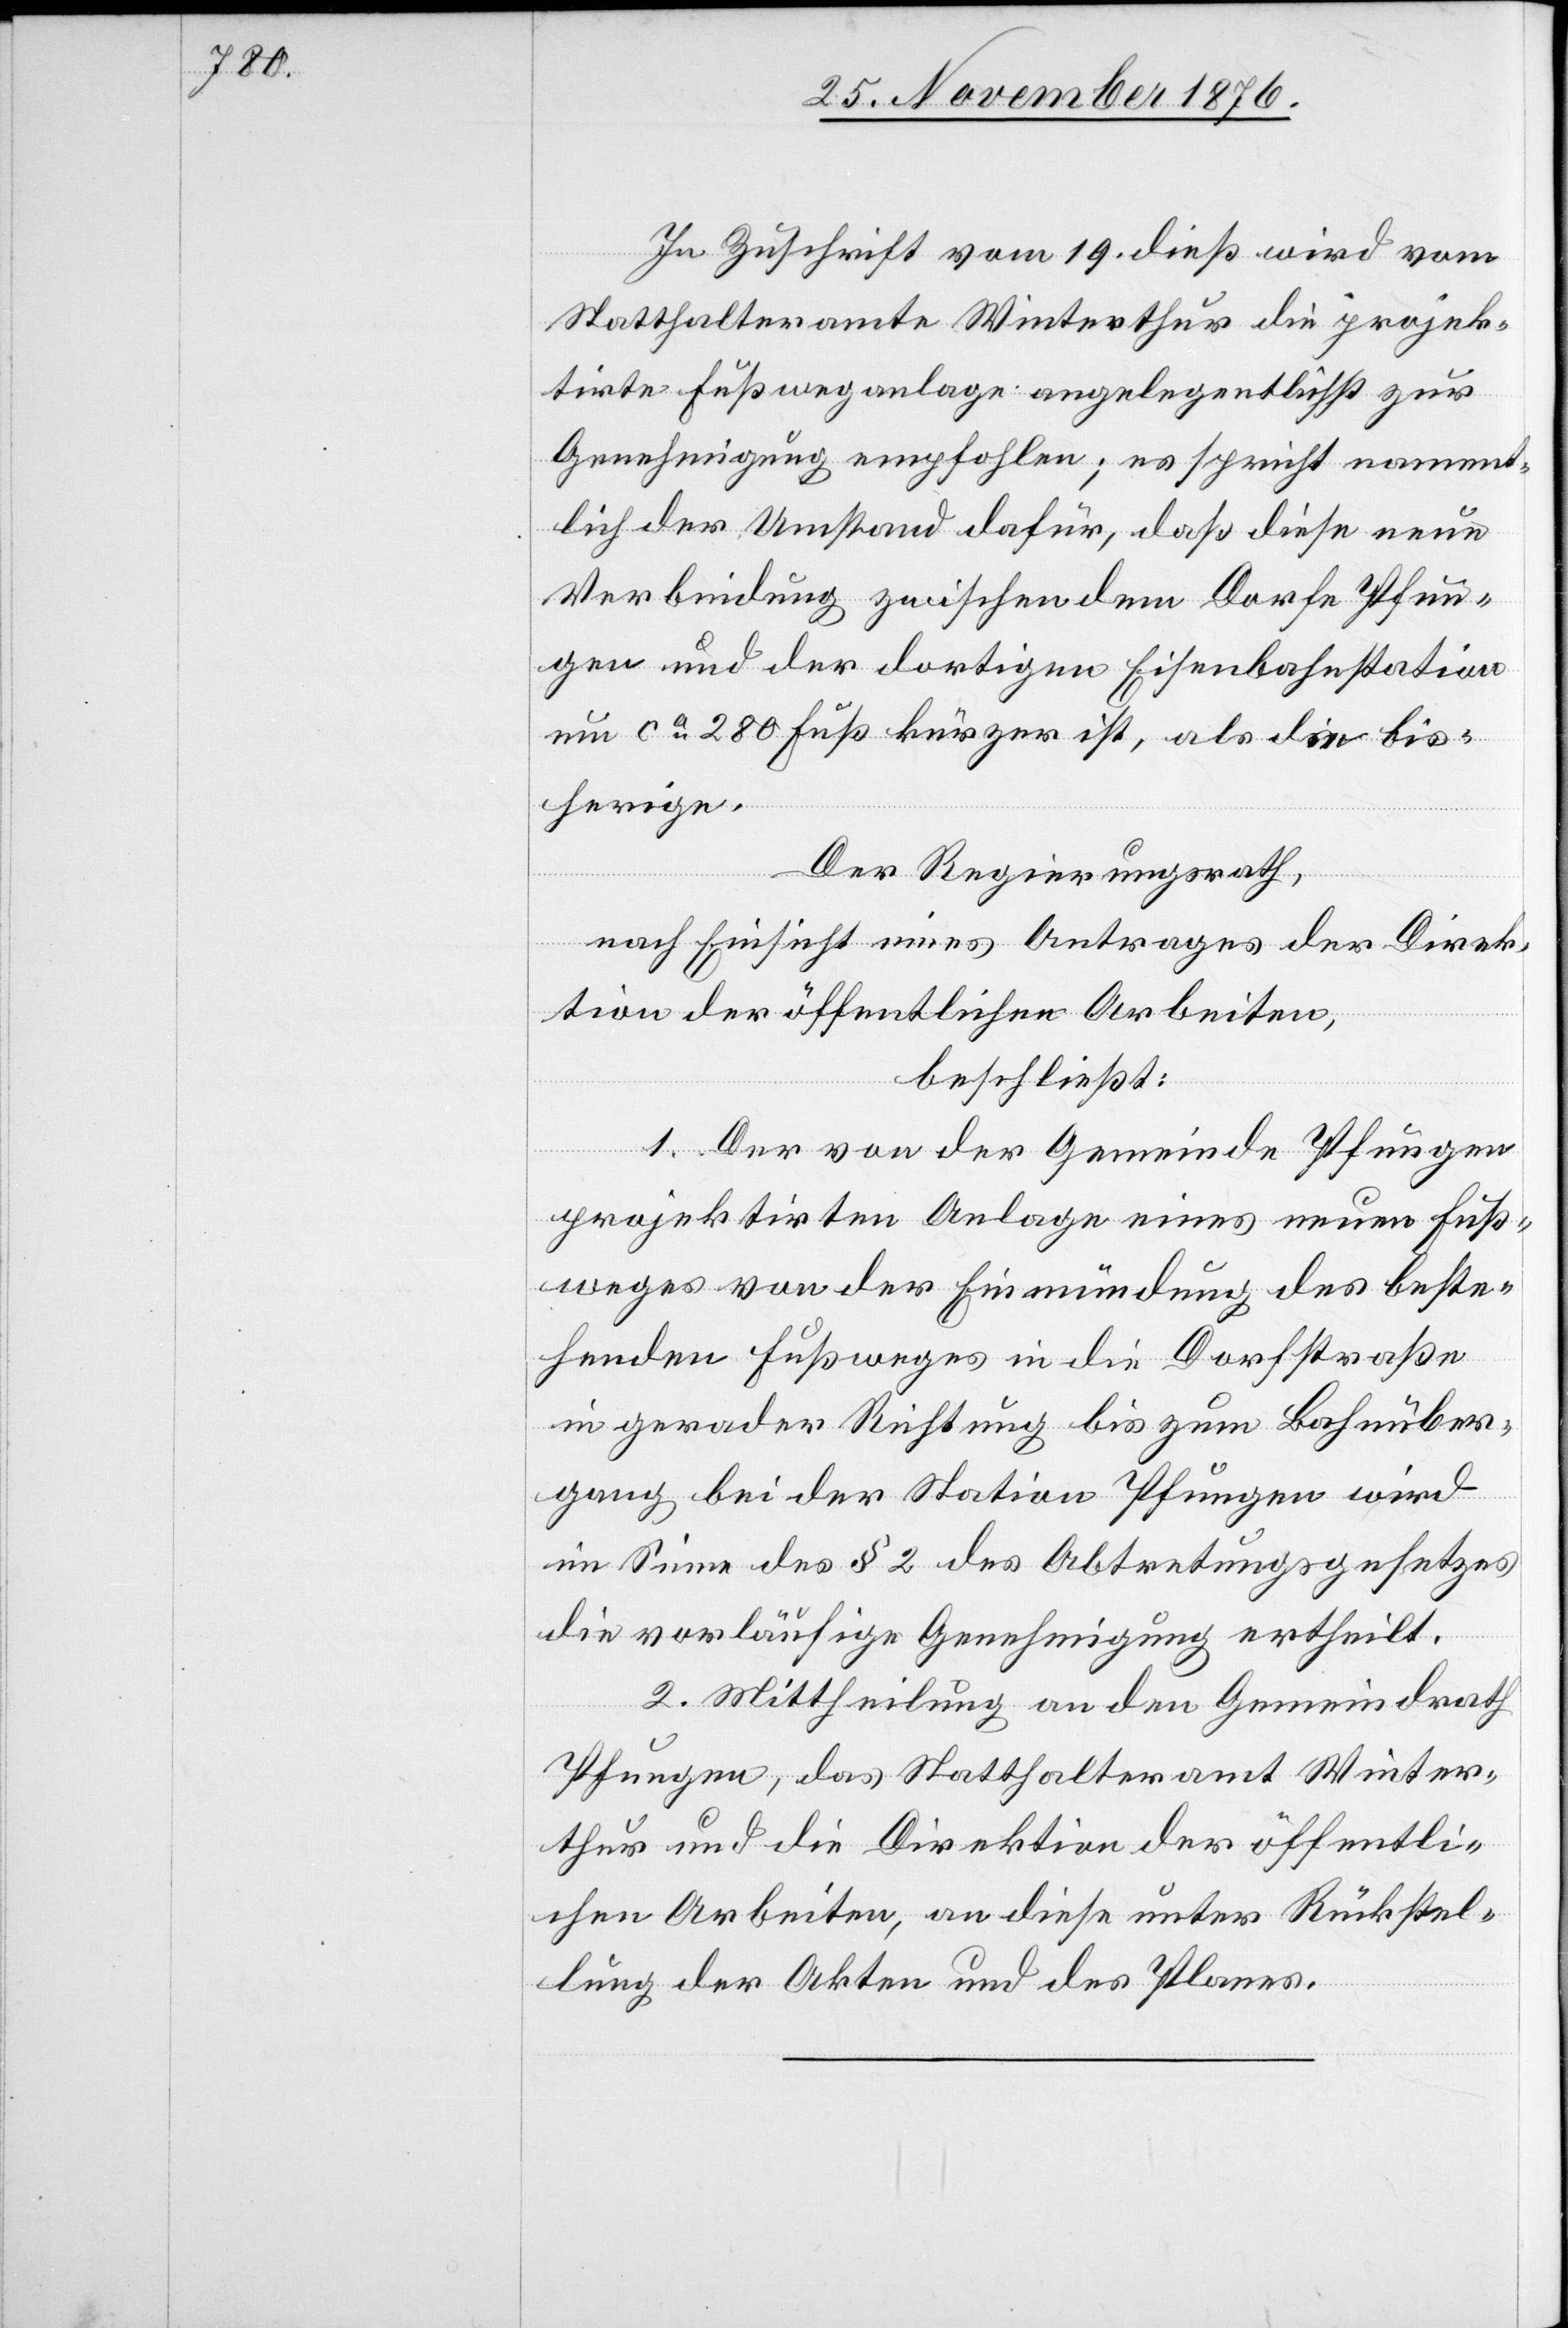
In Zuschrift vom 19. dieß wird vom
Statthalteramte Winterthur die projek¬
tirte Fußweganlage angelegentlichst zur
Genehmigung empfohlen; es spricht nament¬
lich der Umstand dafür, daß diese neue
Verbindung zwischen dem Dorfe Pfun¬
gen und der dortigen Eisenbahnstation
um ca 280 Fuß kürzer ist, als die bis¬
herige.
Der Regierungsrath,
nach Einsicht eines Antrages der Direk¬
tion der öffentlichen Arbeiten,
beschließt:
1. Der von der Gemeinde Pfungen
projektirten Anlage eines neuen Fuß¬
weges von der Einmündung des beste¬
henden Fußweges in die Dorfstraße
in gerader Richtung bis zum Bahnüber¬
gang bei der Station Pfungen wird
im Sinne des § 2 des Abtretungsgesetzes
die vorläufige Genehmigung ertheilt.
2. Mittheilung an den Gemeindrath
Pfungen, das Statthalteramt Winter¬
thur und die Direktion der öffentli¬
chen Arbeiten, an diese unter Rückstel¬
lung der Akten und des Planes.